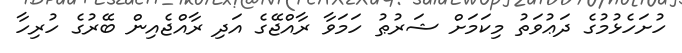
ހުށަހެޅުމުގެ ދަޢުވަތު މިކަމަށް ޝަރުޠު ހަމަވާ ރާއްޖޭގެ އަދި ރާއްޖެއިން ބޭރުގެ ހުރިހާ